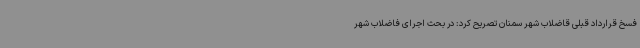
فسخ قرارداد قبلی قاضلاب شهر سمنان تصریح کرد: در بحث اجرای فاضلاب شهر